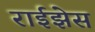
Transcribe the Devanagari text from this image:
राईझेस